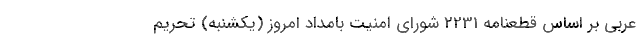
عربی بر اساس قطعنامه 2231 شورای امنیت بامداد امروز (یکشنبه) تحریم